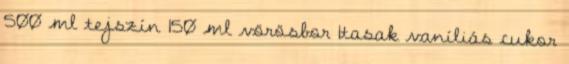
500 ml tejszín 150 ml vörösbor 1tasak vaníliás cukor